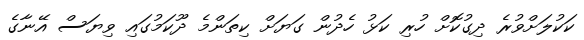
ކަކުލަށްވުރެ ދިގުކޮށް ހުރި ކަޅު ހެދުން ގަޔަށް ކިތަންމެ ދޫކަމުގައި ވިޔަސް އޭނާގެ